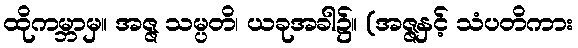
ထိုကမ္ဘာမှ။ အဇ္ဇ သမ္ပတိ၊ ယခုအခါ၌။ (အဇ္ဇနှင့် သံပတိကား